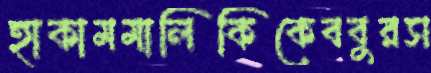
হাকামমালিকিকেববুরস